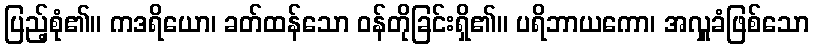
ပြည့်စုံ၏။ ကဒရိယော၊ ခတ်ထန်သော ဝန်တိုခြင်းရှိ၏။ ပရိဘာယကော၊ အလှူခံဖြစ်သော